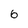
Character: 6